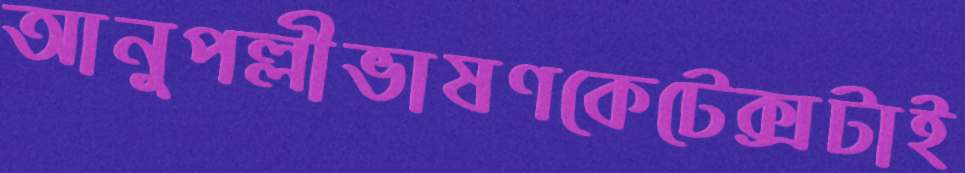
আনুপল্লীভাষণকেটেক্সটাই